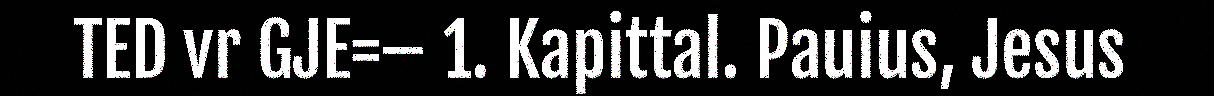
TED vr GJE=– 1. Kapittal. Pauius, Jesus